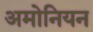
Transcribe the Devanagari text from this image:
अमोनियन